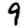
Digit: 9